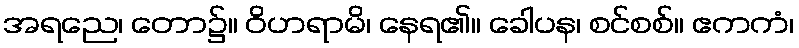
အရညေ၊ တော၌။ ဝိဟရာမိ၊ နေရ၏။ ခေါပန၊ စင်စစ်။ ဧကကံ၊